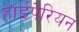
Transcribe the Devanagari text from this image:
हाईपेरियन